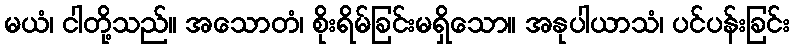
မယံ၊ ငါတို့သည်။ အသောတံ၊ စိုးရိမ်ခြင်းမရှိသော။ အနုပါယာသံ၊ ပင်ပန်းခြင်း